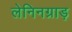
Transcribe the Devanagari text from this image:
लेनिनग्राड़